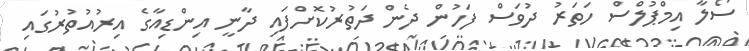
ސޯލާ އިމްޕުލްސް ހަތަރު ދުވަސް ފަހުން ދެން ދަތުރުކޮށްފައި ދާނީ އިންޑިއާގެ އިރުއުތުރުގައި